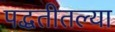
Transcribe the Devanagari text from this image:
पद्धतीतल्या